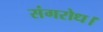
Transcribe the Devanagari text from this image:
संगरोध।